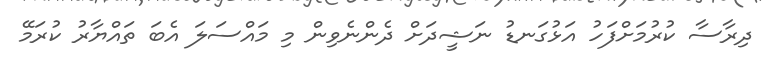
ދިރާސާ ކުރުމަށްފަހު އަޅުގަނޑު ނަޝީދަށް ދެންނެވިން މި މައްސަލަ އެބަ ތައްޔާރު ކުރަމޭ